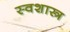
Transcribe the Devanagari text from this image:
स्वशास्त्र